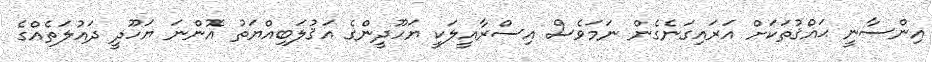
އިންސާނީ ޙައްޤުތަކަށް އަރައިގަނެގެން ނަމަވެސް އިސްރާއީލަކީ ޔަހޫދީންގެ އަޤުލަބިއްޔަތު އޮންނަ ޔަހޫދީ ދައުލަތެއްގެ